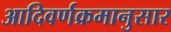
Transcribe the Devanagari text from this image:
आदिवर्णक्रमानुसार